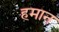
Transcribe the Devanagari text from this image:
हमान